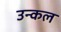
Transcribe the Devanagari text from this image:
उन्कल